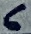
Text: 6